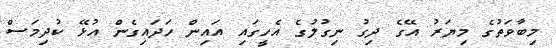
މިބާވަތުގެ މިޔަރު އޭގެ ދިގު ނިގުލުގެ އެހީގައި އައިން ހަދައިގެން އުޅޭ ކުދިމަސް